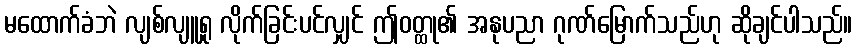
မထောက်ခံဘဲ လျစ်လျူရှု လိုက်ခြင်းပင်လျှင် ဤဝတ္ထု၏ အနုပညာ ဂုဏ်မြောက်သည်ဟု ဆိုချင်ပါသည်။